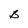
Character: B